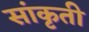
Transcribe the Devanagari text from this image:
सांकृती